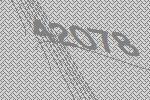
42078